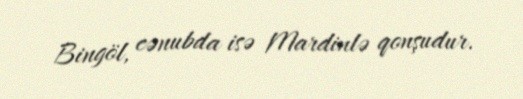
Bingöl, cənubda isə Mardinlə qonşudur.